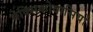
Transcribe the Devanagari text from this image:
मेक्सिकोवासियों